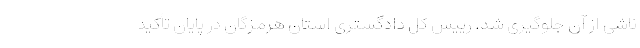
ناشی از آن جلوگیری شد. رییس کل دادگستری استان هرمزگان در پایان تأکید